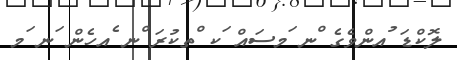
ލޮކްޑަ ުއންވެގެ ްނ ަމސައް ަކ ްތކުރަ ްނ ެއހެން ަނ ަމ